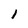
Character: l